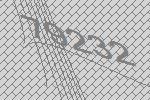
79232